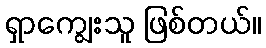
ရှာကျွေးသူ ဖြစ်တယ်။